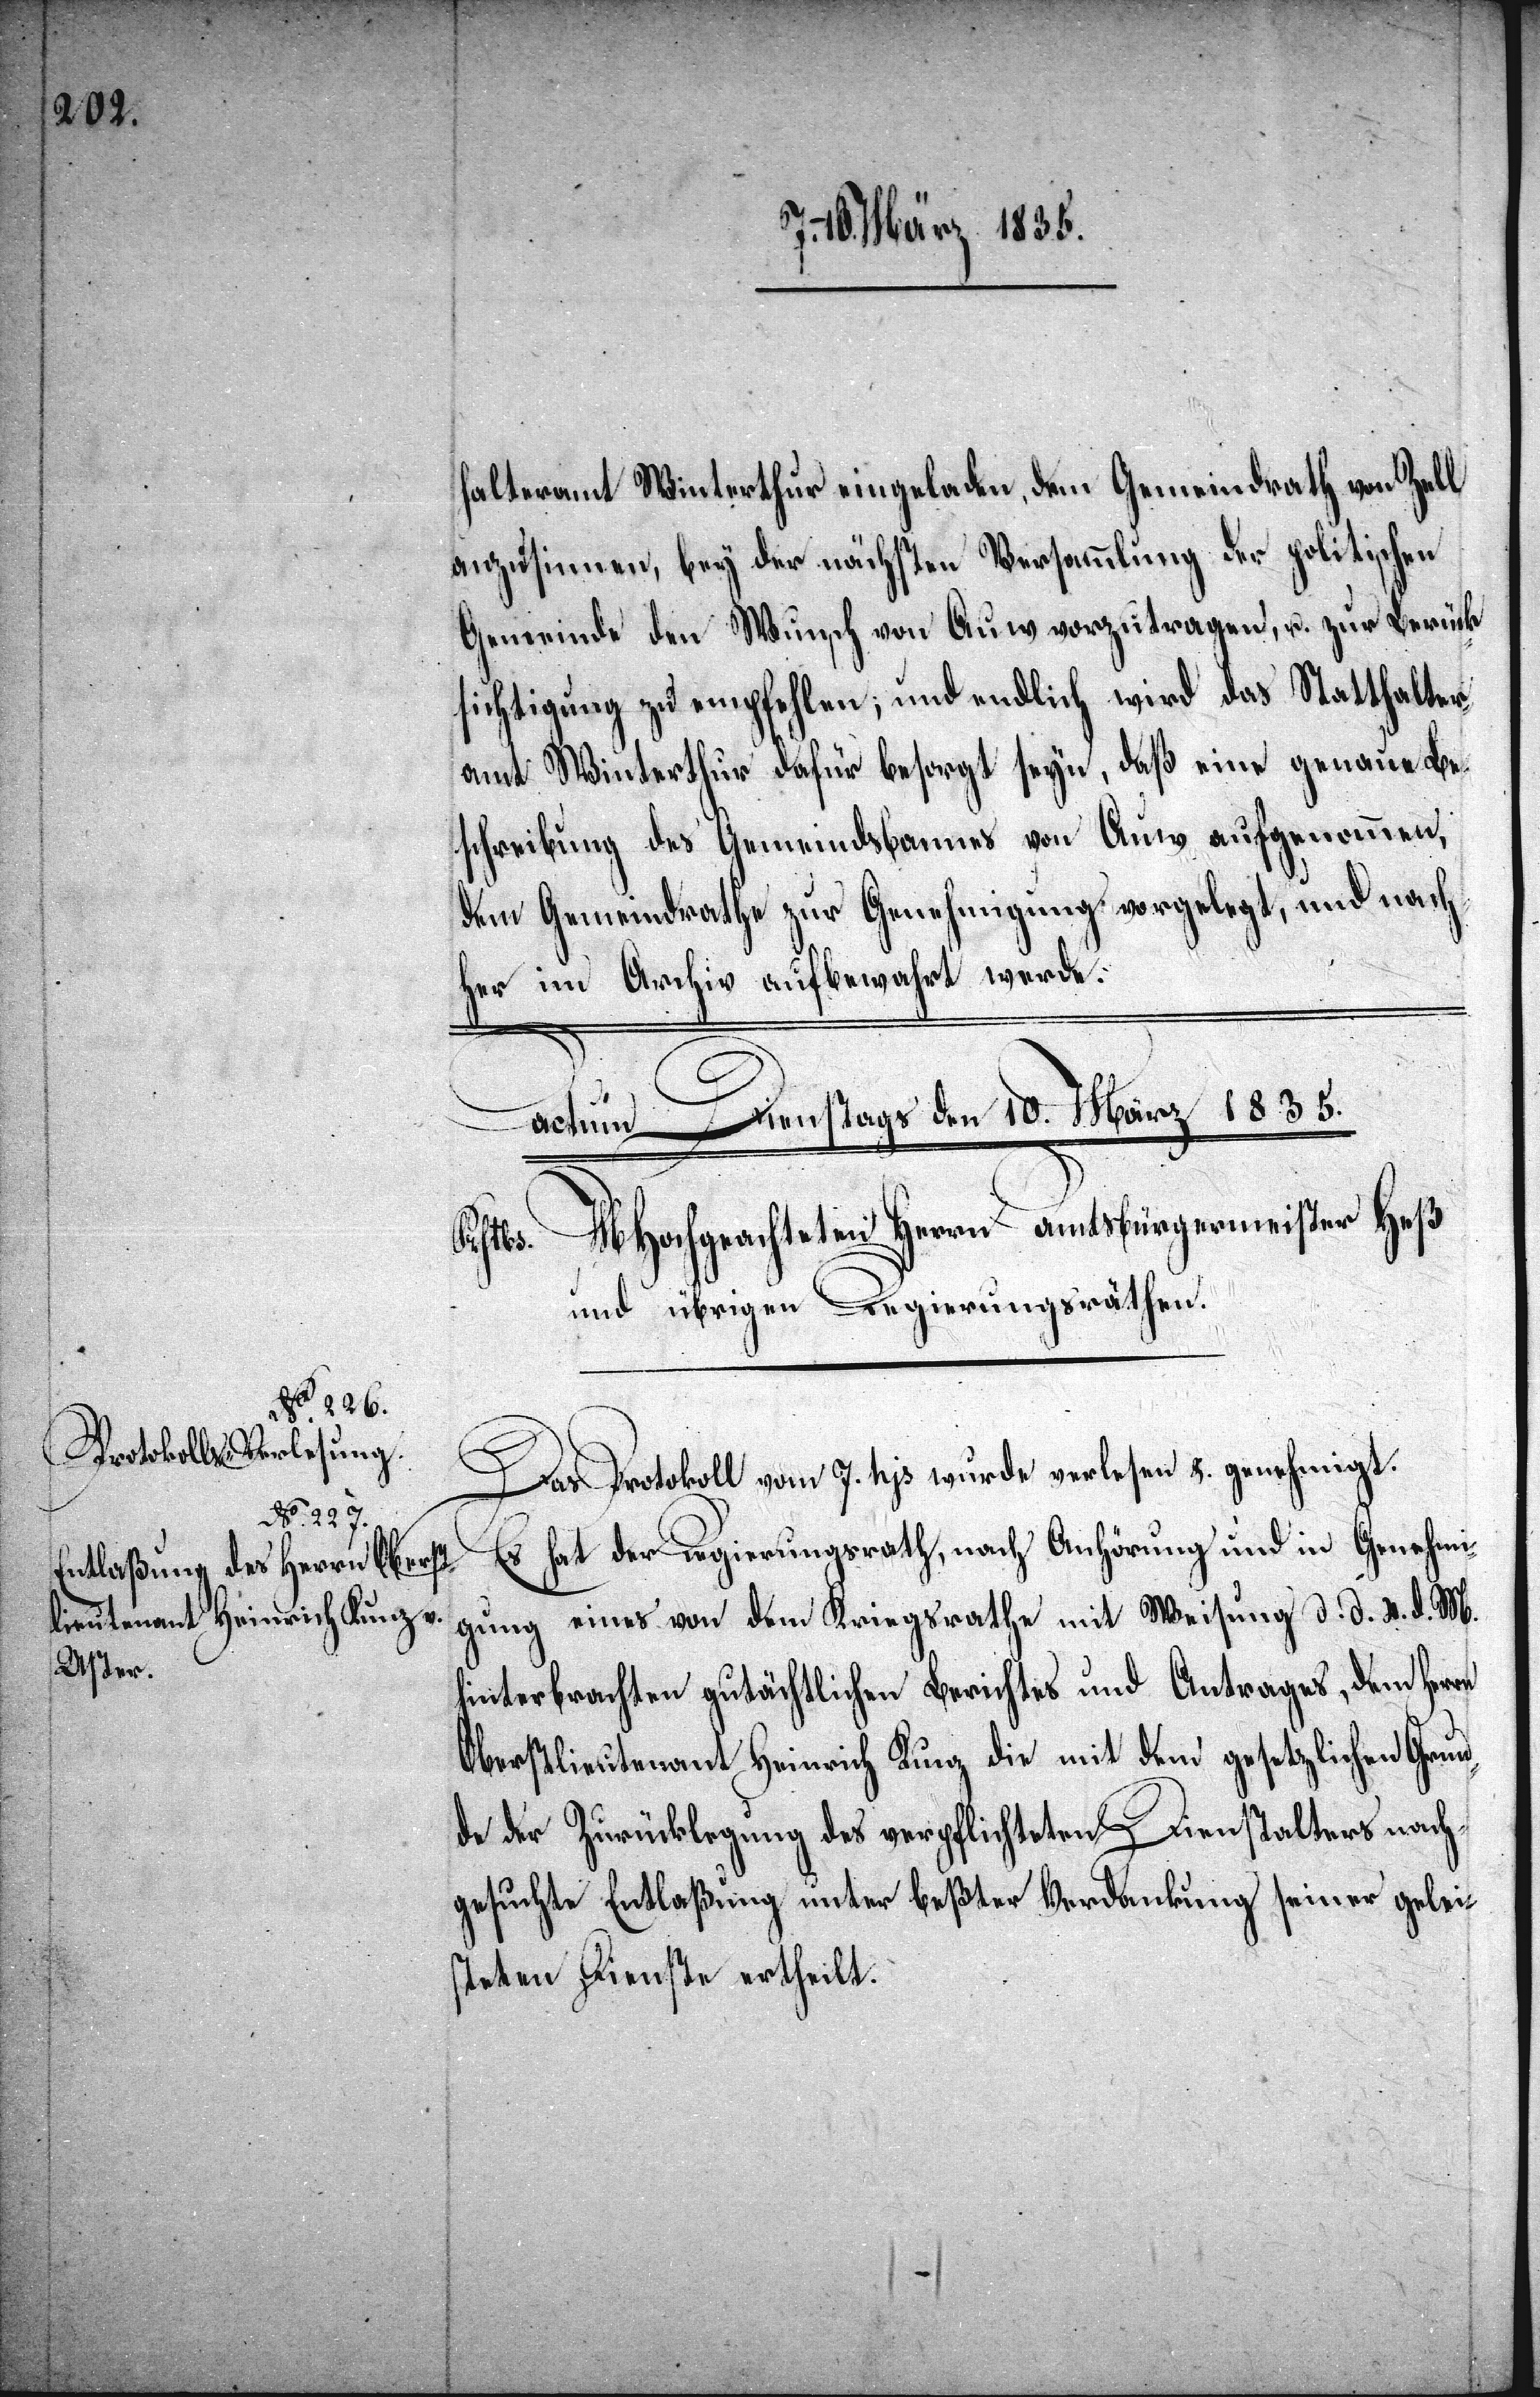
d. M.

d. d. 4.
sung

halteramt Winterthur eingeladen, dem Gemeindrath von Zell
anzusinnen, bey der nächsten Versammlung der politischen
Gemeinde den Wunsch von Auw vorzutragen, u. zur Berück¬
sichtigung zu empfehlen; und endlich wird das Statthalter¬
amt Winterthur dafür besorgt seyn, daß eine genaue Be¬
schreibung des Gemeindsbannes von Auw aufgenommen,
dem Gemeindrathe zur Genehmigung vorgelegt, und nach¬
her im Archiv aufbewahrt werde.
Das Protokoll vom 7. hjs. wurde verlesen &. genehmigt.
Es hat der Regierungsrath, nach Anhörung und Wei¬
hinterbrachten gutächtlichen Berichtes und Antrages, dem Herrn
Oberstlieutenant Heinrich Kunz die mit dem gesetzlichen Grun¬
de der Zurücklegung des verpflichteten Dienstalters nach¬
gesuchte Entlaßung unter beßter Verdankung seiner gelei¬
steten Dienste ertheilt.